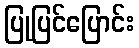
ပြုပြင်ပြောင်း